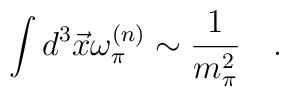
\int d^3 \vec{x}\omega_{\pi}^{(n)}\sim \frac{1}{m_{\pi}^2}\quad .